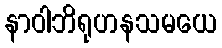
နာဝါဘိရုဟနသမယေ